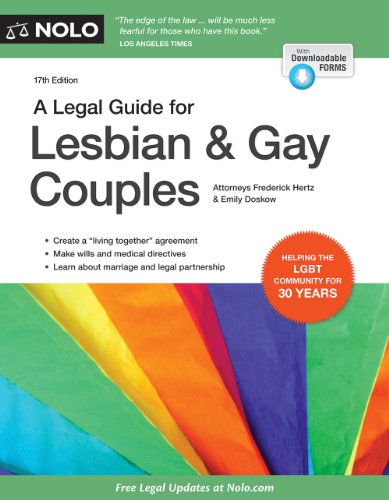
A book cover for A Legal Guide for Lesbian & Gay Couples (Legal Guide for Lesbian and Gay Couples); Frederick Hertz; Law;